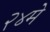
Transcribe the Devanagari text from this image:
२४मे